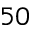
5 0